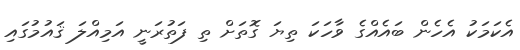
އެކަމަކު އެހެން ބައެއްގެ ވާހަކަ ތިޔަ ގޮތަށް ތި ފަތުރަނީ އަމިއްލަ ޤައުމުގައި